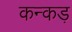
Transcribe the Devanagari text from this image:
कन्कड़